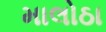
માલોઠા